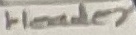
Text: Header